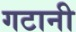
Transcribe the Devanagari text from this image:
गटानी